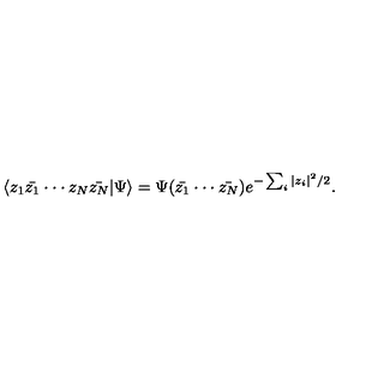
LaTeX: \langle z _ { 1 } \bar { z _ { 1 } } \cdot \cdot \cdot z _ { N } \bar { z _ { N } } | \Psi \rangle = \Psi ( \bar { z _ { 1 } } \cdot \cdot \cdot \bar { z _ { N } } ) e ^ { - \sum _ { i } | z _ { i } | ^ { 2 } / 2 } .